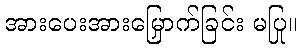
အားပေးအားမြှောက်ခြင်း မပြု။